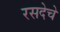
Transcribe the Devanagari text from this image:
रसदेचे